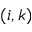
( i , k )